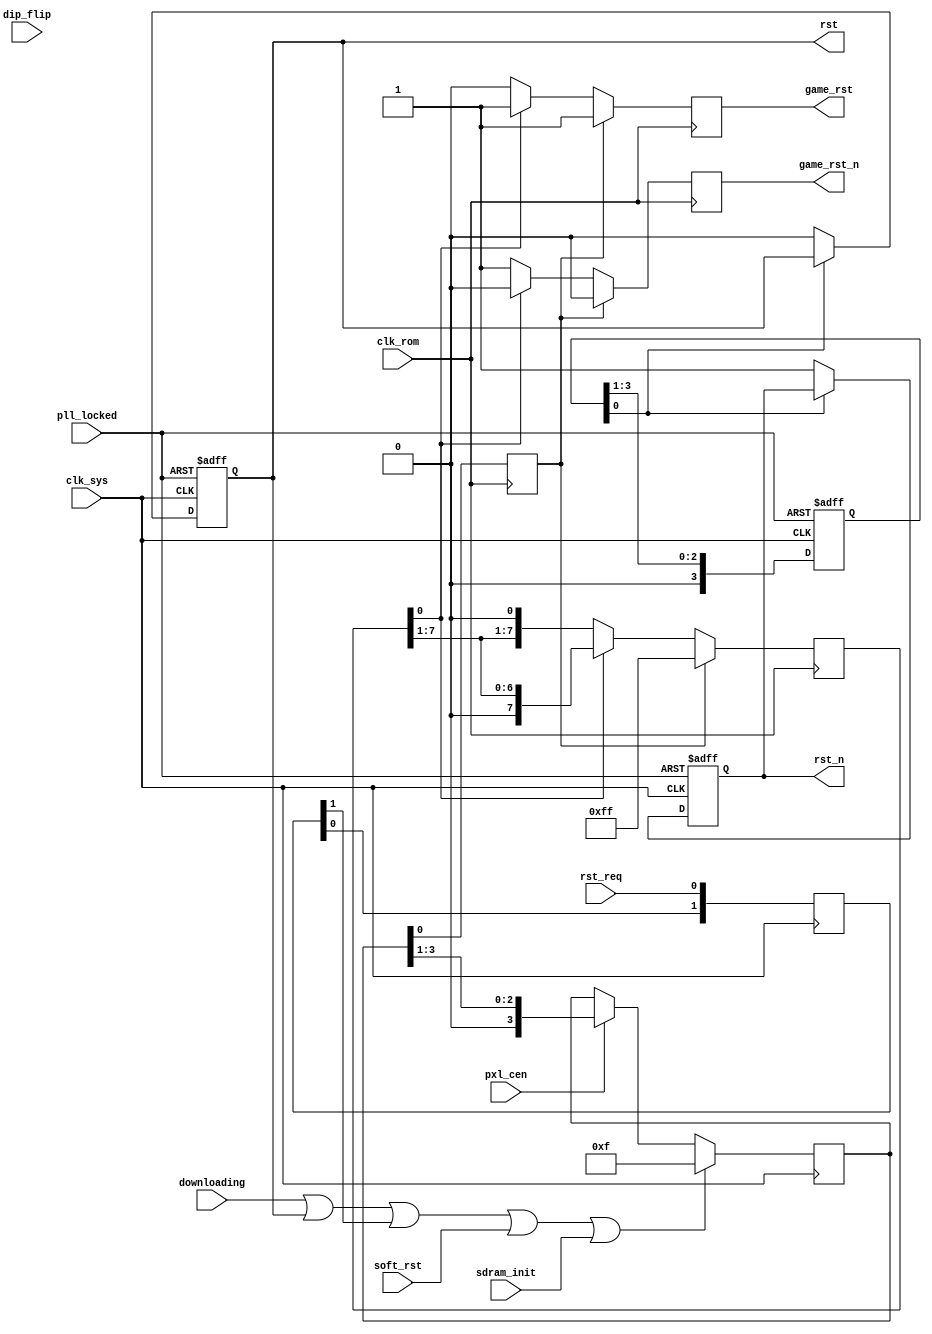
/*  This file is part of JT_FRAME.
    JTFRAME program is free software: you can redistribute it and/or modify
    it under the terms of the GNU General Public License as published by
    the Free Software Foundation, either version 3 of the License, or
    (at your option) any later version.

    JTFRAME program is distributed in the hope that it will be useful,
    but WITHOUT ANY WARRANTY; without even the implied warranty of
    MERCHANTABILITY or FITNESS FOR A PARTICULAR PURPOSE.  See the
    GNU General Public License for more details.

    You should have received a copy of the GNU General Public License
    along with JTFRAME.  If not, see <http://www.gnu.org/licenses/>.

    Author: Jose Tejada Gomez. Twitter: @topapate
    Version: 1.0
    Date: 28-12-2020 */

module jtframe_reset(
    input       clk_sys,
    input       clk_rom,
    input       pxl_cen,

    input       sdram_init,
    input       downloading,
    input       dip_flip,
    input       soft_rst,
    input       rst_req,
    input       pll_locked,

    // clk_sys:
    output  reg rst,
    output  reg rst_n,
    // clk_rom:
    output  reg game_rst,
    output  reg game_rst_n
);

localparam MAIN_RSTW = 4,
           GAME_RSTW = 8;

reg [MAIN_RSTW-1:0] rst_cnt;
reg [GAME_RSTW-1:0] game_rst_cnt;
reg [MAIN_RSTW-1:0] rst_rom; // rst in clk_rom domain
reg                 rst_rom_sync;
reg [1:0]           rst_req_sync;

always @(posedge clk_sys, negedge pll_locked) begin
    if( !pll_locked ) begin
        rst_cnt <= {MAIN_RSTW{1'b1}};
        rst     <= 1;
        rst_n   <= 0;
    end else begin
        rst_cnt <= rst_cnt >> 1;
        if( !rst_cnt[0] ) begin
            rst     <= 0;
            rst_n   <= 1;
        end
    end
end

`ifdef JTFRAME_FLIP_RESET
    reg last_dip_flip, rst_flip;
    always @(posedge clk_sys) begin
        last_dip_flip <= dip_flip;
        rst_flip      <= last_dip_flip!=dip_flip;
    end
`else
    wire rst_flip = 0;
`endif

// Game reset generation
always @(posedge clk_sys ) rst_req_sync <= { rst_req_sync[0], rst_req };

always @(posedge clk_sys ) begin
    if( downloading | rst | rst_req_sync[1]
    | rst_flip | soft_rst | sdram_init)
        rst_rom <= {MAIN_RSTW{1'b1}};
    else if(pxl_cen) begin
        rst_rom <= rst_rom >> 1;
    end
end

always @(negedge clk_rom) begin
    rst_rom_sync <= rst_rom[0];
end

always @(negedge clk_rom) begin
    if( rst_rom_sync ) begin
        game_rst_cnt   <= {GAME_RSTW{1'b1}};
        game_rst_n     <= 0;
        game_rst       <= 1;
    end else begin
        if( game_rst_cnt[0] ) begin
            game_rst_cnt <= game_rst_cnt >> 1;
            game_rst_n   <= 0;
            game_rst     <= 1;
        end else begin
            game_rst_n <= 1;
            game_rst   <= 0;
        end
    end
end

endmodule